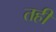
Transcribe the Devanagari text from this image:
तहीं